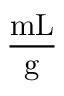
\frac { \mathrm { m L } } { \mathrm { g } }